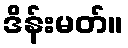
ဒိန်းမတ်။